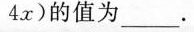
4 x )$$的值为___.